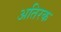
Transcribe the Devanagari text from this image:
अतिरक